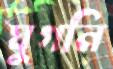
ঘুগনি